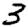
Digit: 3